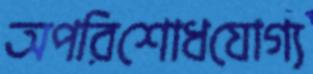
অপরিশোধযোগ্য